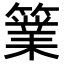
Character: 𥴼